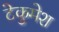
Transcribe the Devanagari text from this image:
टेकुमेश